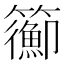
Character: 𥷉